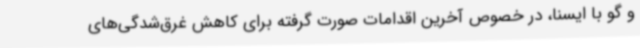
و گو با ایسنا، در خصوص آخرین اقدامات صورت گرفته برای کاهش غرق‌شدگی‌های